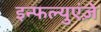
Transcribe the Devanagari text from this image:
इन्फल्युएंज़े